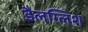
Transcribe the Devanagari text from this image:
डैलग्लिश